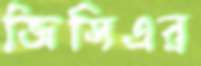
জিসিএর